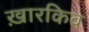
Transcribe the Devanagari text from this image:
ख़ारकिव